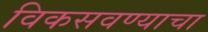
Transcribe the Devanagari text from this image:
विकसवण्याचा